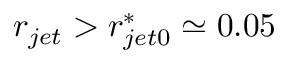
r _ { j e t } > r _ { j e t 0 } ^ { * } \simeq 0 . 0 5